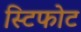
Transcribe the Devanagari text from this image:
स्टिफोट